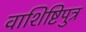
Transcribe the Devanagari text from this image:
वाशिष्टिपुत्र